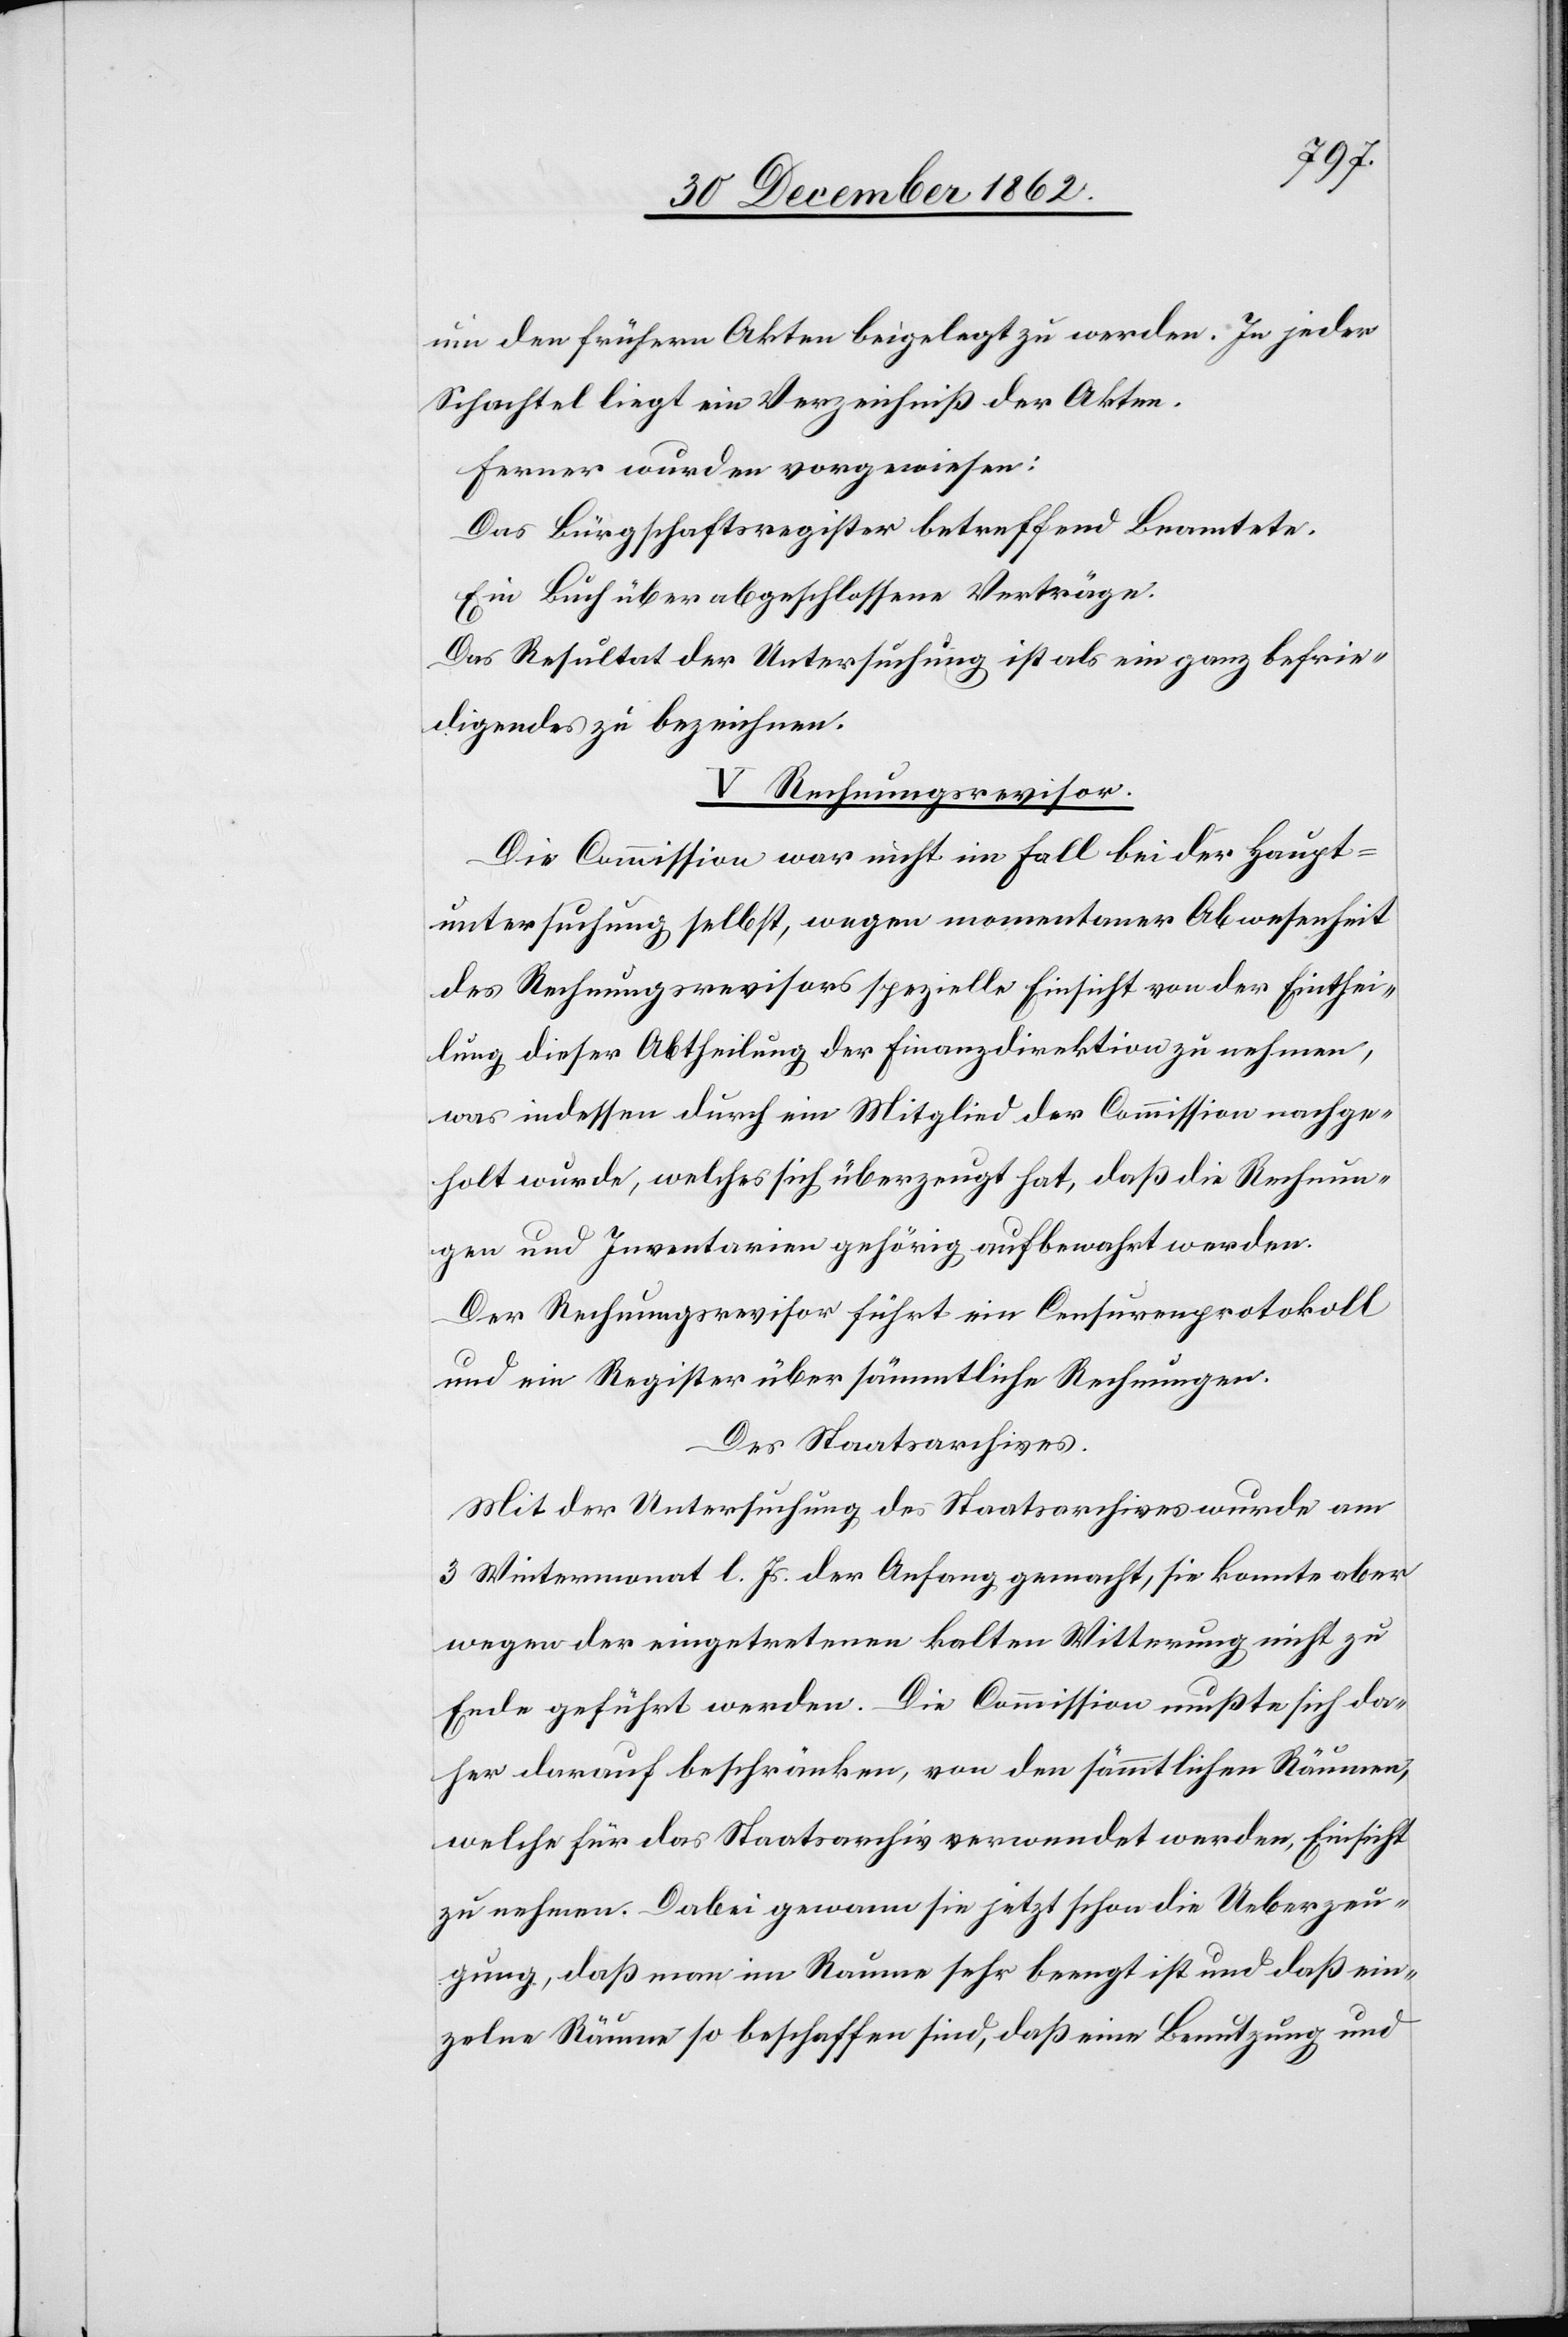
um den frühern Akten beigelegt zu werden. In jeder
Schachtel liegt ein Verzeichniß der Akten.
Ferner wurden vorgewiesen:
Das Bürgschaftsregister betreffend Beamtete.
Ein Buch über abgeschlossene Verträge.
Das Resultat der Untersuchung ist als ein ganz befrie¬
digendes zu bezeichnen.
V. Rechnungsrevisor.
Die Commission war nicht im Fall bei der Haupt¬
untersuchung selbst, wegen momentaner Abwesenheit
des Rechnungsrevisors spezielle Einsicht von der Einthei¬
lung dieser Abtheilung der Finanzdirektion zu nehmen,
was indessen durch ein Mitglied der Commission nachge¬
holt wurde, welches sich überzeugt hat, daß die Rechnun¬
gen und Inventarien gehörig aufbewahrt werden.
Der Rechnungsrevisor führt ein Censurenprotokoll
und ein Register über sämmtliche Rechnungen.
Des Staatsarchivars.
Mit der Untersuchung des Staatsarchives wurde am
3. Wintermonat l. Js. der Anfang gemacht, sie konnte aber
wegen der eingetretenen kalten Witterung nicht zu
Ende geführt werden. Die Commission mußte sich da¬
her darauf beschränken, von den sämmtlichen Räumen,
welche für das Staatsarchiv verwendet werden, Einsicht
zu nehmen. Dabei gewann sie jetzt schon die Ueberzeu¬
gung, daß man im Raume sehr beengt ist und daß ein¬
zelne Räume so beschaffen sind, daß eine Benutzung und